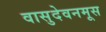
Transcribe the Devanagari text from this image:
वासुदेवनमूस